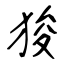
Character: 狻